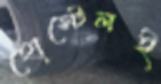
হোস্টেলই